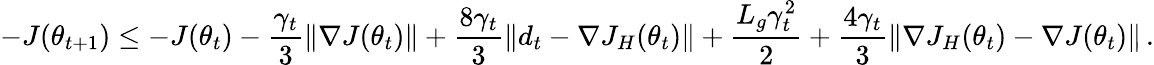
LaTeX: -J(\theta_{t+1})\leq-J(\theta_{t})-\frac{\gamma_{t}}{3}\left\| \nabla J(\theta_{t})\right\| +\frac{8\gamma_{t}}{3}\left\| d_{t}-\nabla J_{H}(\theta_{t})\right\| +\frac{L_{g}\gamma_{t}^{2}}{2}+\frac{4\gamma_{t}}{3}\left\| \nabla J_{H}(\theta_{t})-\nabla J(\theta_{t})\right\| \, .